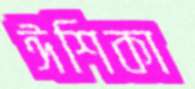
ঈশিকা